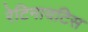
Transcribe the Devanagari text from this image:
रेटिनायटिस